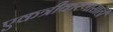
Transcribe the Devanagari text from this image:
एकत्रीकरणासाठी